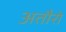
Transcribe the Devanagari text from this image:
अतौरो